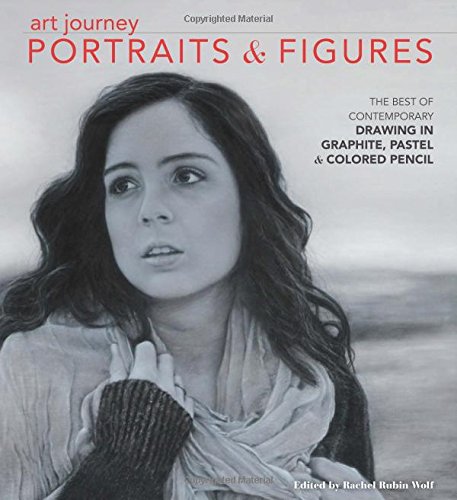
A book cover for Art Journey Portraits and Figures: The Best of Contemporary Drawing in Graphite, Pastel and Colored Pencil; Crafts, Hobbies & Home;